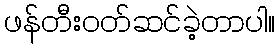
ဖန်တီးဝတ်ဆင်ခဲ့တာပါ။